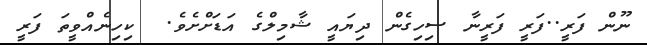
ނޫން ފަރީ..ފަރީީ ފަރީނާ ސިހިގެން ދިޔައީ ޝާމިލްގެ އަޑަށްށެވެ.  ކިހިނެއްވީތަ ފަރީ